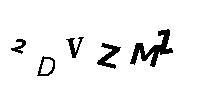
2DVZMZ